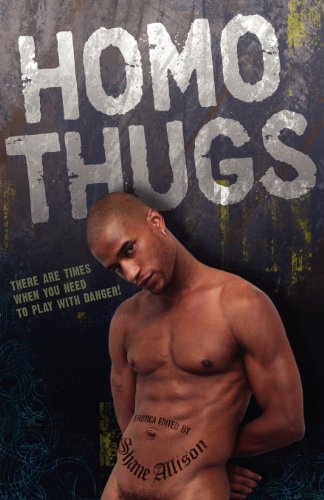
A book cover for Homo Thugs; Shane Allison; Romance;